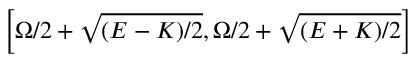
\left[ \Omega / 2 + \sqrt { ( E - K ) / 2 } , \Omega / 2 + \sqrt { ( E + K ) / 2 } \right]